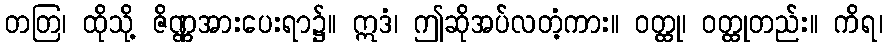
တတြ၊ ထိုသို့ ဇိဏ္ဏအားပေးရာ၌။ ဣဒံ၊ ဤဆိုအပ်လတံ့ကား။ ဝတ္ထု၊ ဝတ္ထုတည်း။ ကိရ၊